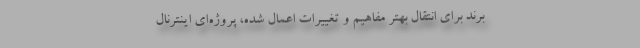
برند برای انتقال بهتر مفاهیم و تغییرات اعمال شده، پروژه‌ای اینترنال